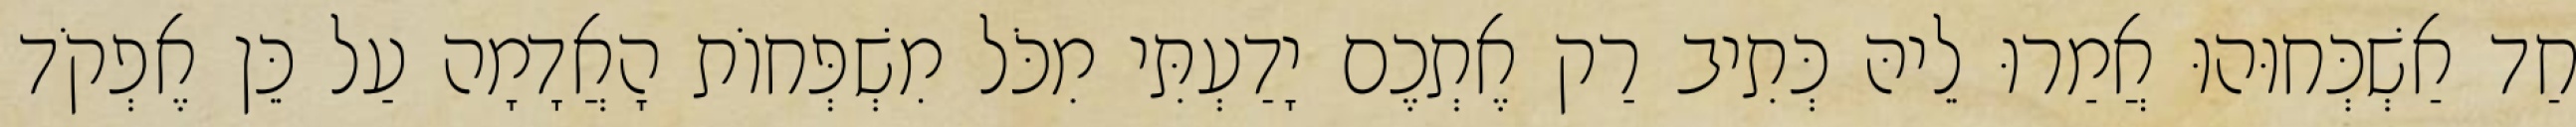
חַד אַשְׁכְּחוּהוּ אֲמַרוּ לֵיהּ כְּתִיב רַק אֶתְכֶם יָדַעְתִּי מִכֹּל מִשְׁפְּחוֹת הָאֲדָמָה עַל כֵּן אֶפְקֹד